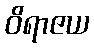
ဝိရာဇယ